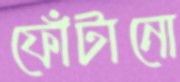
ফোঁটানো